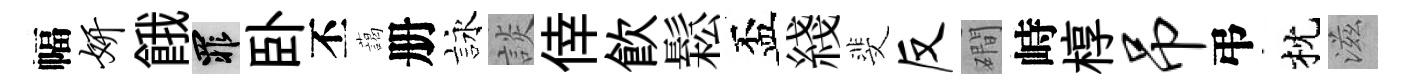
幅妍餓罪卧丕藹册詠談倖飮鬆盃綫斐反磵峙椁吊弔枕滋